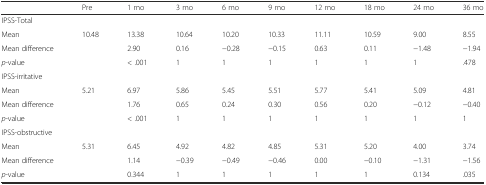
|  | Pre | 1 mo | 3 mo | 6 mo | 9 mo | 12 mo | 18 mo | 24 mo | 36 mo |
 | --- | --- | --- | --- | --- | --- | --- | --- | --- | --- |
 | <COLSPAN=10> IPSS-Total |
 | Mean | 10.48 | 13.38 | 10.64 | 10.20 | 10.33 | 11.11 | 10.59 | 9.00 | 8.55 |
 | Mean difference | <ROWSPAN=2>  | 2.90 | 0.16 | −0.28 | −0.15 | 0.63 | 0.11 | −1.48 | −1.94 |
 | p-value | < .001 | 1 | 1 | 1 | 1 | 1 | 1 | .478 |
 | <COLSPAN=10> IPSS-irritative |
 | Mean | 5.21 | 6.97 | 5.86 | 5.45 | 5.51 | 5.77 | 5.41 | 5.09 | 4.81 |
 | Mean difference | <ROWSPAN=2>  | 1.76 | 0.65 | 0.24 | 0.30 | 0.56 | 0.20 | −0.12 | −0.40 |
 | p-value | < .001 | 1 | 1 | 1 | 1 | 1 | 1 | 1 |
 | <COLSPAN=10> IPSS-obstructive |
 | Mean | 5.31 | 6.45 | 4.92 | 4.82 | 4.85 | 5.31 | 5.20 | 4.00 | 3.74 |
 | Mean difference | <ROWSPAN=2>  | 1.14 | −0.39 | −0.49 | −0.46 | 0.00 | −0.10 | −1.31 | −1.56 |
 | p-value | 0.344 | 1 | 1 | 1 | 1 | 1 | 0.134 | .035 |